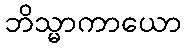
ဘိသ္မာကာယော